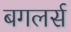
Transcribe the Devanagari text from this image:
बगलर्स